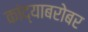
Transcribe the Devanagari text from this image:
कांद्याबरोबर